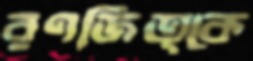
রণজিত্কে